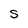
Character: S